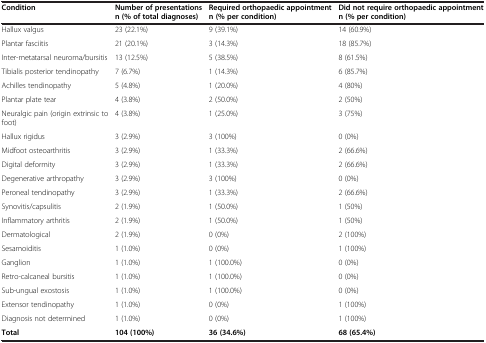
<table><thead><tr><td><b>Condition</b></td><td><b>Number of presentations n (% of total diagnoses)</b></td><td><b>Required orthopaedic appointment n (% per condition)</b></td><td><b>Did not require orthopaedic appointment n (% per condition)</b></td></tr></thead><tbody><tr><td>Hallux valgus</td><td>23 (22.1%)</td><td>9 (39.1%)</td><td>14 (60.9%)</td></tr><tr><td>Plantar fasciitis</td><td>21 (20.1%)</td><td>3 (14.3%)</td><td>18 (85.7%)</td></tr><tr><td>Inter-metatarsal neuroma/bursitis</td><td>13 (12.5%)</td><td>5 (38.5%)</td><td>8 (61.5%)</td></tr><tr><td>Tibialis posterior tendinopathy</td><td>7 (6.7%)</td><td>1 (14.3%)</td><td>6 (85.7%)</td></tr><tr><td>Achilles tendinopathy</td><td>5 (4.8%)</td><td>1 (20.0%)</td><td>4 (80%)</td></tr><tr><td>Plantar plate tear</td><td>4 (3.8%)</td><td>2 (50.0%)</td><td>2 (50%)</td></tr><tr><td>Neuralgic pain (origin extrinsic to foot)</td><td>4 (3.8%)</td><td>1 (25.0%)</td><td>3 (75%)</td></tr><tr><td>Hallux rigidus</td><td>3 (2.9%)</td><td>3 (100%)</td><td>0 (0%)</td></tr><tr><td>Midfoot osteoarthritis</td><td>3 (2.9%)</td><td>1 (33.3%)</td><td>2 (66.6%)</td></tr><tr><td>Digital deformity</td><td>3 (2.9%)</td><td>1 (33.3%)</td><td>2 (66.6%)</td></tr><tr><td>Degenerative arthropathy</td><td>3 (2.9%)</td><td>3 (100%)</td><td>0 (0%)</td></tr><tr><td>Peroneal tendinopathy</td><td>3 (2.9%)</td><td>1 (33.3%)</td><td>2 (66.6%)</td></tr><tr><td>Synovitis/capsulitis</td><td>2 (1.9%)</td><td>1 (50.0%)</td><td>1 (50%)</td></tr><tr><td>Inflammatory arthritis</td><td>2 (1.9%)</td><td>1 (50.0%)</td><td>1 (50%)</td></tr><tr><td>Dermatological</td><td>2 (1.9%)</td><td>0 (0%)</td><td>2 (100%)</td></tr><tr><td>Sesamoiditis</td><td>1 (1.0%)</td><td>0 (0%)</td><td>1 (100%)</td></tr><tr><td>Ganglion</td><td>1 (1.0%)</td><td>1 (100.0%)</td><td>0 (0%)</td></tr><tr><td>Retro-calcaneal bursitis</td><td>1 (1.0%)</td><td>1 (100.0%)</td><td>0 (0%)</td></tr><tr><td>Sub-ungual exostosis</td><td>1 (1.0%)</td><td>1 (100.0%)</td><td>0 (0%)</td></tr><tr><td>Extensor tendinopathy</td><td>1 (1.0%)</td><td>0 (0%)</td><td>1 (100%)</td></tr><tr><td>Diagnosis not determined</td><td>1 (1.0%)</td><td>0 (0%)</td><td>1 (100%)</td></tr><tr><td><b>Total</b></td><td><b>104 (100%)</b></td><td><b>36 (34.6%)</b></td><td><b>68 (65.4%)</b></td></tr></tbody></table>